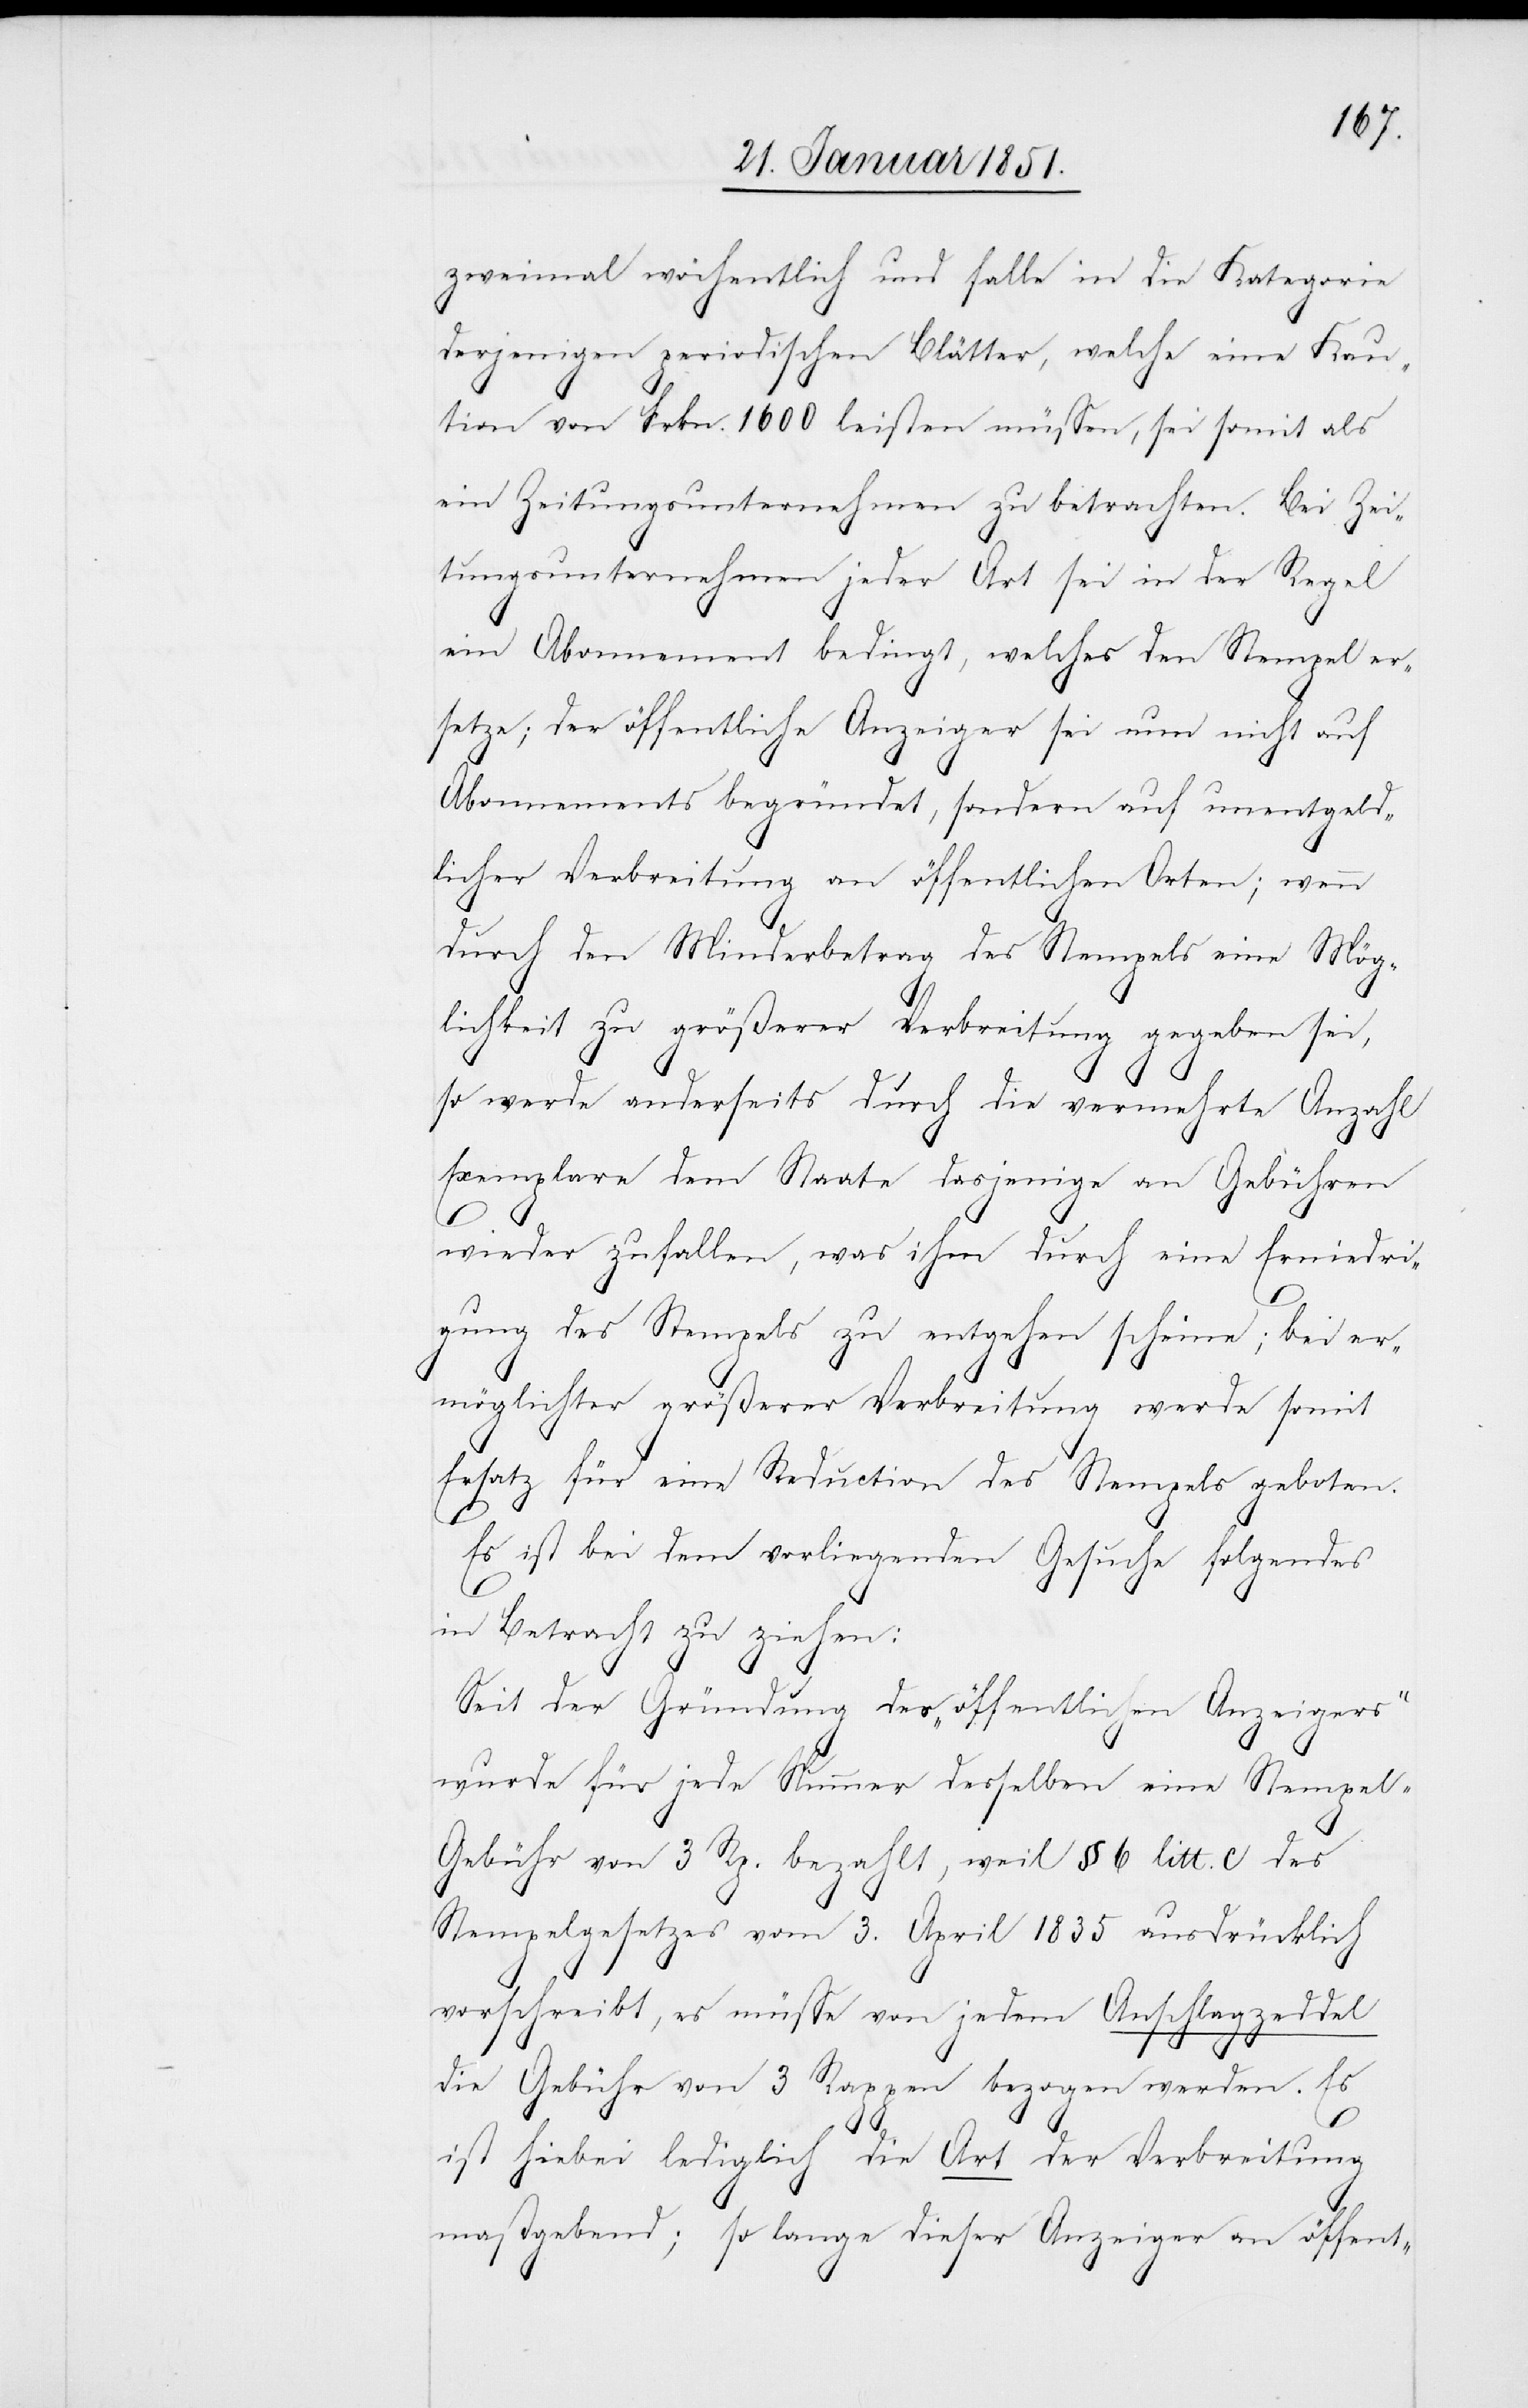
zweimal wöchentlich und falle in die Kategorie
derjenigen periodischen Blätter, welche eine Kau¬
tion von Frkn. 1600 leisten müssen, sei somit als
ein Zeitungsunternehmen zu betrachten. Bei Zei¬
tungsunternehmen jeder Art sei in der Regel
ein Abonnement bedingt, welches den Stempel er¬
setze; der öffentliche Anzeiger sei nun nicht auf
Abonnements begründet, sondern auf unentgeld¬
licher Verbreitung an öffentlichen Orten; wenn
durch den Minderbetrag des Stempels eine Mög¬
lichkeit zu größerer Verbreitung gegeben sei,
so werde anderseits durch die vermehrte Anzahl
Exemplare dem Staate dasjenige an Gebühren
wieder zufallen, was ihm durch eine Erniedri¬
gung des Stempels zu entgehen scheine; bei er¬
möglichter größerer Verbreitung werde somit
Ersatz für eine Reduction des Stempels geboten.
Es ist bei dem vorliegenden Gesuche folgendes
in Betracht zu ziehen:
Seit der Gründung des „öffentlichen Anzeigers“
wurde für jede Nummer desselben eine Stempe¬
l-Gebühr von 3 Rp. bezahlt, weil § 6 litt. c des
Stempelgesetzes vom 3. April 1835 ausdrücklich
vorschreibt, es müsse von jedem Anschlagzeddel
die Gebühr von 3 Rappen bezogen werden. Es
ist hiebei lediglich die Art der Verbreitung
maßgebend; so lange dieser Anzeiger an öffent-